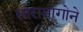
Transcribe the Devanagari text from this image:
सारामागोने